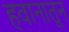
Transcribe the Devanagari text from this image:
हवानातून